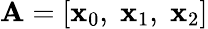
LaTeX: \mathbf{A}=\left[\mathbf{x}_{0},\; \mathbf{x}_{1},\; \mathbf{x}_{2}\right]